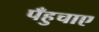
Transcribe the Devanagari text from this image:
पँहुचाए